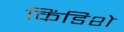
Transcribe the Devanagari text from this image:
किंडिशे